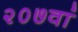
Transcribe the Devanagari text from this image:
२०७वां